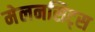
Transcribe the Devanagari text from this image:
मेलनसिट्स